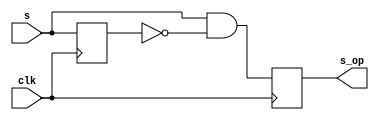
module onepulse(s, s_op, clk);
	input s, clk;
	output reg s_op;
	reg s_delay;
	always@(posedge clk)begin
		s_op <= s&(!s_delay);
		s_delay <= s;
	end
endmodule